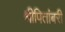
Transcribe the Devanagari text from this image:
श्रीपितांबरी